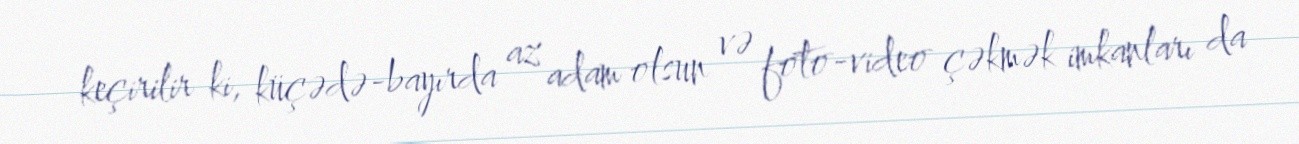
keçirilir ki, küçədə-bayırda az adam olsun və foto-video çəkmək imkanları da